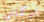
تركتنى